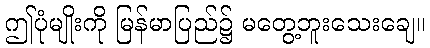
ဤပုံမျိုးကို မြန်မာပြည်၌ မတွေ့ဘူးသေးချေ။